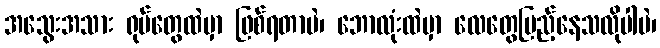
အသွေးအသား ရုပ်တွေထဲမှာ ဖြစ်ရတာပဲ၊ ဘောလုံးထဲမှာ လေတွေပြည့်နေသလိုပါပဲ၊